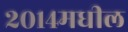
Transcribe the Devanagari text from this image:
२०१४मधील